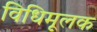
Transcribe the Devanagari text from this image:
विधिमूलक